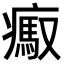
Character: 𤺶